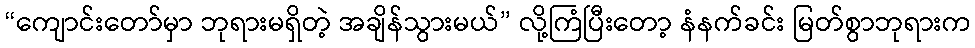
“ကျောင်းတော်မှာ ဘုရားမရှိတဲ့ အချိန်သွားမယ်” လို့ကြံပြီးတော့ နံနက်ခင်း မြတ်စွာဘုရားက